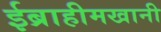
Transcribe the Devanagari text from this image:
ईब्राहीमखानी